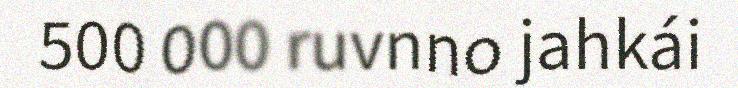
500 000 ruvnno jahkái